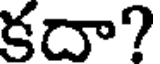
కదా?